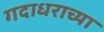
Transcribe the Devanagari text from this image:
गदाधराच्या